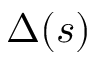
\Delta ( s )